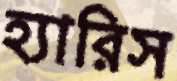
হ্যারিস